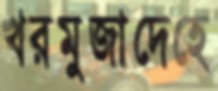
খরমুজাদেহে